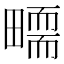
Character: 𤳜